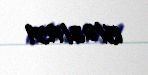
15/03/1959